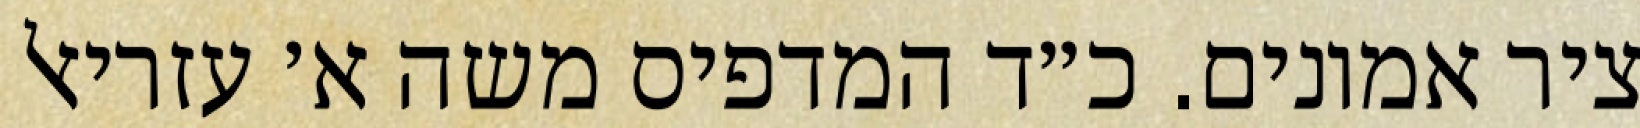
ציר אמונים. כ״ד המדפיס משה א׳ עזריאל